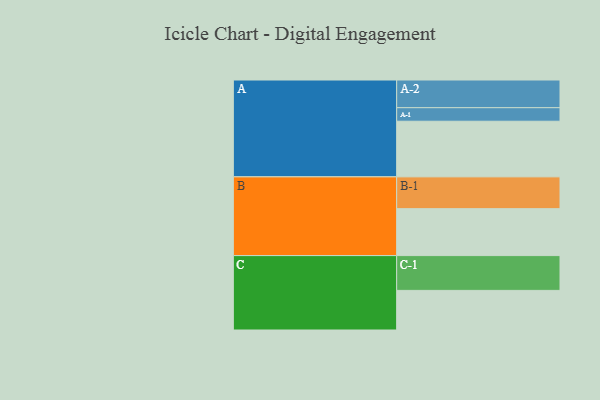
{"axis": {"x": "Segment", "y": "Value"}, "legend": ["", "A", "B", "C"], "data": [{"x": "A", "y": 448, "type": ""}, {"x": "B", "y": 378, "type": ""}, {"x": "C", "y": 319, "type": ""}, {"x": "A-1", "y": 109, "type": "A"}, {"x": "A-2", "y": 223, "type": "A"}, {"x": "B-1", "y": 256, "type": "B"}, {"x": "C-1", "y": 280, "type": "C"}]}